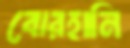
বোরহানি